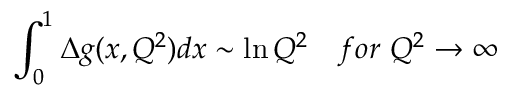
\int _ { 0 } ^ { 1 } \Delta g ( x , Q ^ { 2 } ) d x \sim \ln Q ^ { 2 } ~ ~ ~ f o r ~ Q ^ { 2 } \rightarrow \infty